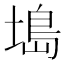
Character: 𫮖